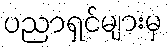
ပညာရှင်များမှ